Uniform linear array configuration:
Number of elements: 24
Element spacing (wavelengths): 0.25
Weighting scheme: blackman
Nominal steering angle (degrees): -15
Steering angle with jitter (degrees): -15.36
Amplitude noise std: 0.05
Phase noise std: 0.05

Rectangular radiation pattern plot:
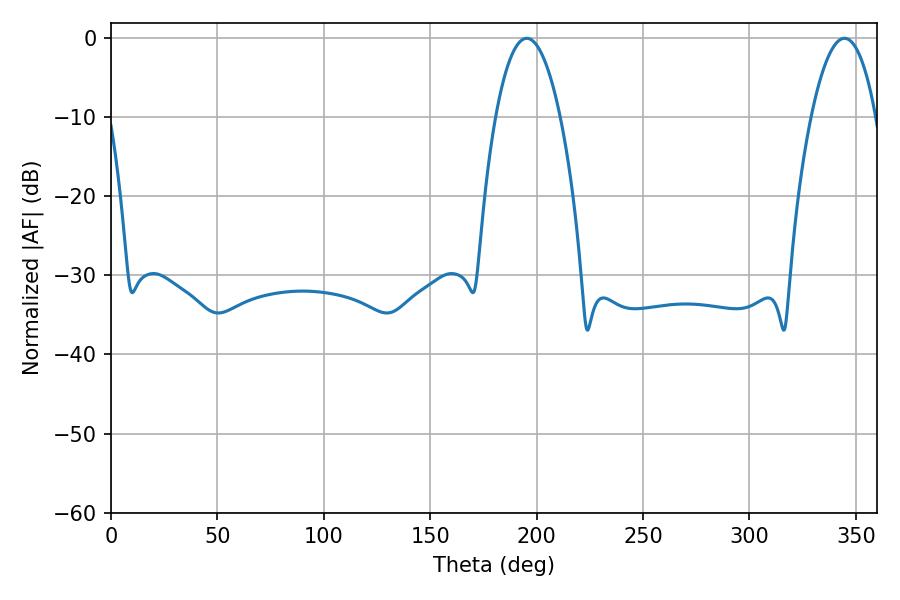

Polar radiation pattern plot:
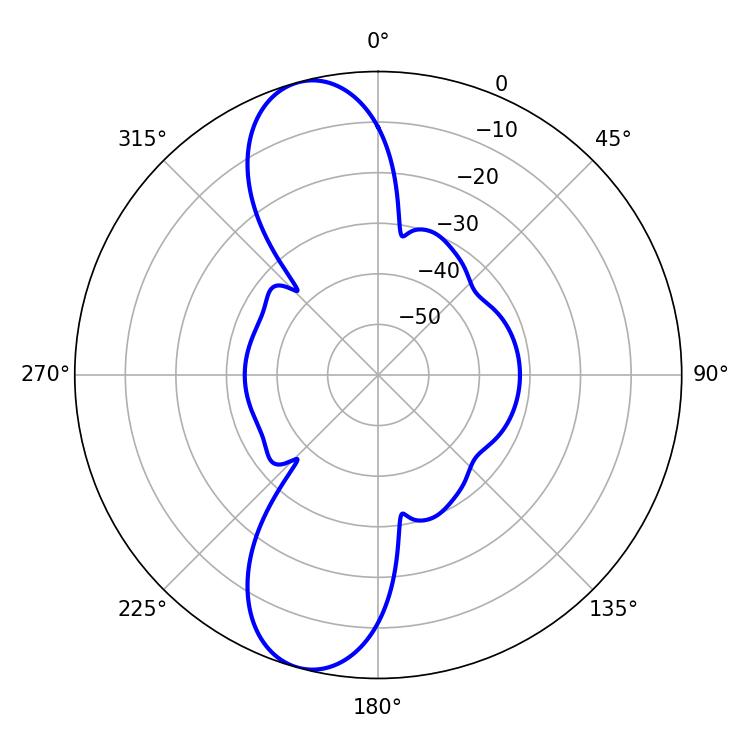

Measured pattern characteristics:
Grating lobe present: FALSE
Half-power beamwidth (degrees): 16.92
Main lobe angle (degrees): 195.3